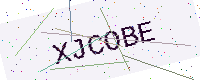
Text: XJCOBE